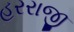
હરરાજી